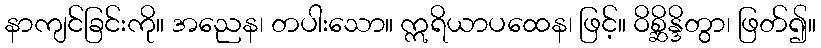
နာကျင်ခြင်းကို။ အညေန၊ တပါးသော။ ဣရိယာပထေန၊ ဖြင့်။ ဝိစ္ဆိန္ဒိတွာ၊ ဖြတ်၍။